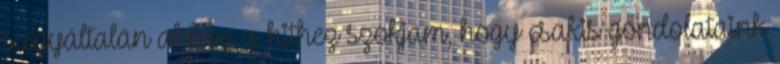
s egyáltalán ahhoz a hithez szokjam, hogy csakis gondolataink